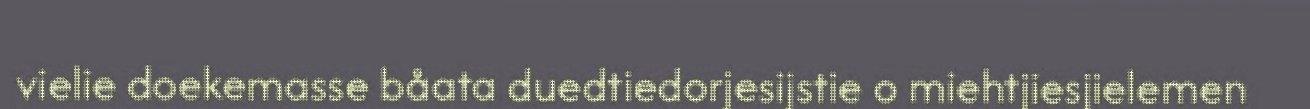
vielie doekemasse båata duedtiedorjesijstie o miehtjiesjielemen